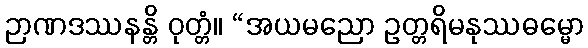
ဉာဏဒဿနန္တိ ဝုတ္တံ။ “အယမညော ဥတ္တရိမနုဿဓမ္မော